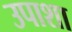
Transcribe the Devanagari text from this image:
उपाशा